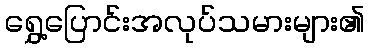
ရွှေ့ပြောင်းအလုပ်သမားများ၏